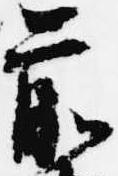
前